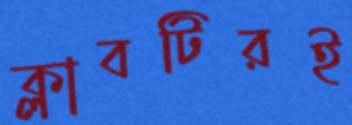
ক্লাবটিরই